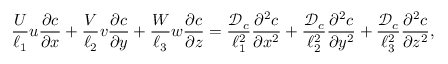
\frac { U } { \ell _ { 1 } } u \frac { \partial c } { \partial x } + \frac { V } { \ell _ { 2 } } v \frac { \partial c } { \partial y } + \frac { W } { \ell _ { 3 } } w \frac { \partial c } { \partial z } = \frac { { \mathcal { D } } _ { c } } { \ell _ { 1 } ^ { 2 } } \frac { \partial ^ { 2 } c } { \partial x ^ { 2 } } + \frac { { \mathcal { D } } _ { c } } { \ell _ { 2 } ^ { 2 } } \frac { \partial ^ { 2 } c } { \partial y ^ { 2 } } + \frac { { \mathcal { D } } _ { c } } { \ell _ { 3 } ^ { 2 } } \frac { \partial ^ { 2 } c } { \partial z ^ { 2 } } ,